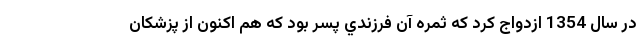
در سال 1354 ازدواج كرد كه ثمره آن فرزندي پسر بود كه هم اكنون از پزشكان